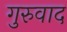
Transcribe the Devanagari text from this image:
गुरुवाद